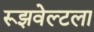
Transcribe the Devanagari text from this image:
रूझवेल्टला